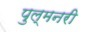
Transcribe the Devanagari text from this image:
पुल्मनरी